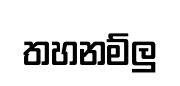
තහනම්ලු